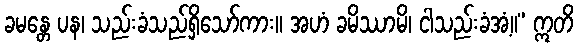
ခမန္တေ ပန၊ သည်းခံသည်ရှိသော်ကား။ အဟံ ခမိဿာမိ၊ ငါသည်းခံအံ့။” ဣတိ